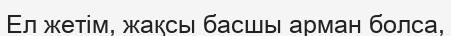
Ел жетім, жақсы басшы арман болса,